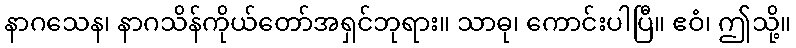
နာဂသေန၊ နာဂသိန်ကိုယ်တော်အရှင်ဘုရား။ သာဓု၊ ကောင်းပါပြီ။ ဧဝံ၊ ဤသို့။